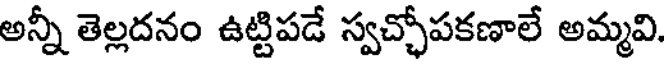
అన్నీ తెల్లదనం ఉట్టిపడే స్వచ్చోపకణాలే అమ్మవి